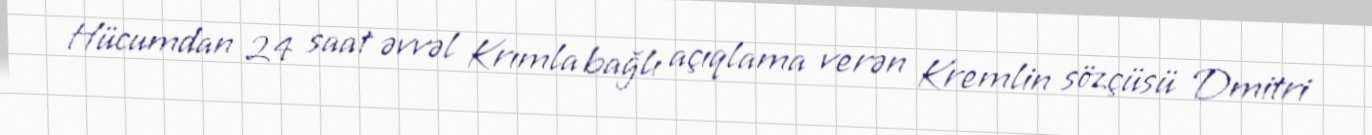
Hücumdan 24 saat əvvəl Krımla bağlı açıqlama verən Kremlin sözçüsü Dmitri